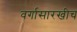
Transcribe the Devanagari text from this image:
वर्गासारखीच